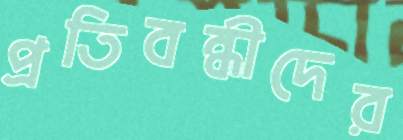
প্রতিবন্ধীদের